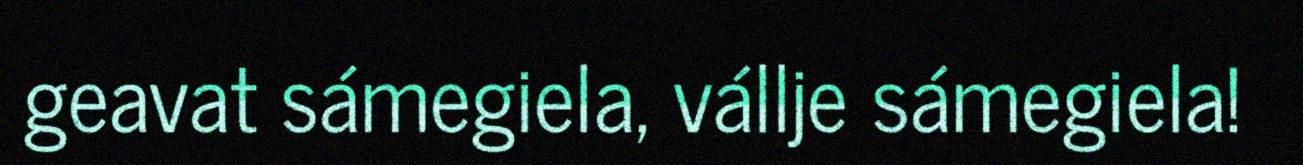
geavat sámegiela, vállje sámegiela!